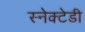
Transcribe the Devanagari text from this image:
स्नेक्टेडी